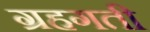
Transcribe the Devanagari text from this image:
ग्रहगती